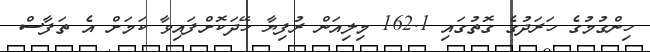
ހިންގުމުގެ ހަރަދުގެ ގޮތުގައި 162.1 މިލިއަން ރުފިޔާ ހޭދަކޮށްފައިވާ ކަމަށް އެ ތަފާސް